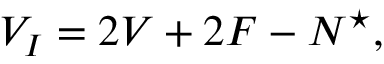
V _ { I } = 2 V + 2 F - N ^ { \star } ,